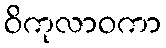
ဝိကုလာဝကာ